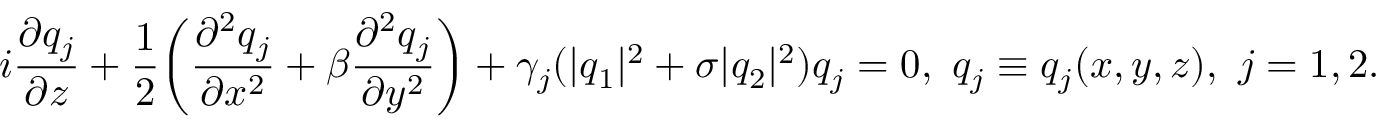
i \frac { \partial q _ { j } } { \partial z } + \frac { 1 } { 2 } \bigg ( \frac { \partial ^ { 2 } q _ { j } } { \partial x ^ { 2 } } + \beta \frac { \partial ^ { 2 } q _ { j } } { \partial y ^ { 2 } } \bigg ) + \gamma _ { j } ( \lvert q _ { 1 } \rvert ^ { 2 } + \sigma \lvert q _ { 2 } \rvert ^ { 2 } ) q _ { j } = 0 , ~ q _ { j } \equiv q _ { j } ( x , y , z ) , ~ j = 1 , 2 .